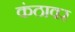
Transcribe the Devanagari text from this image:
कंठावर